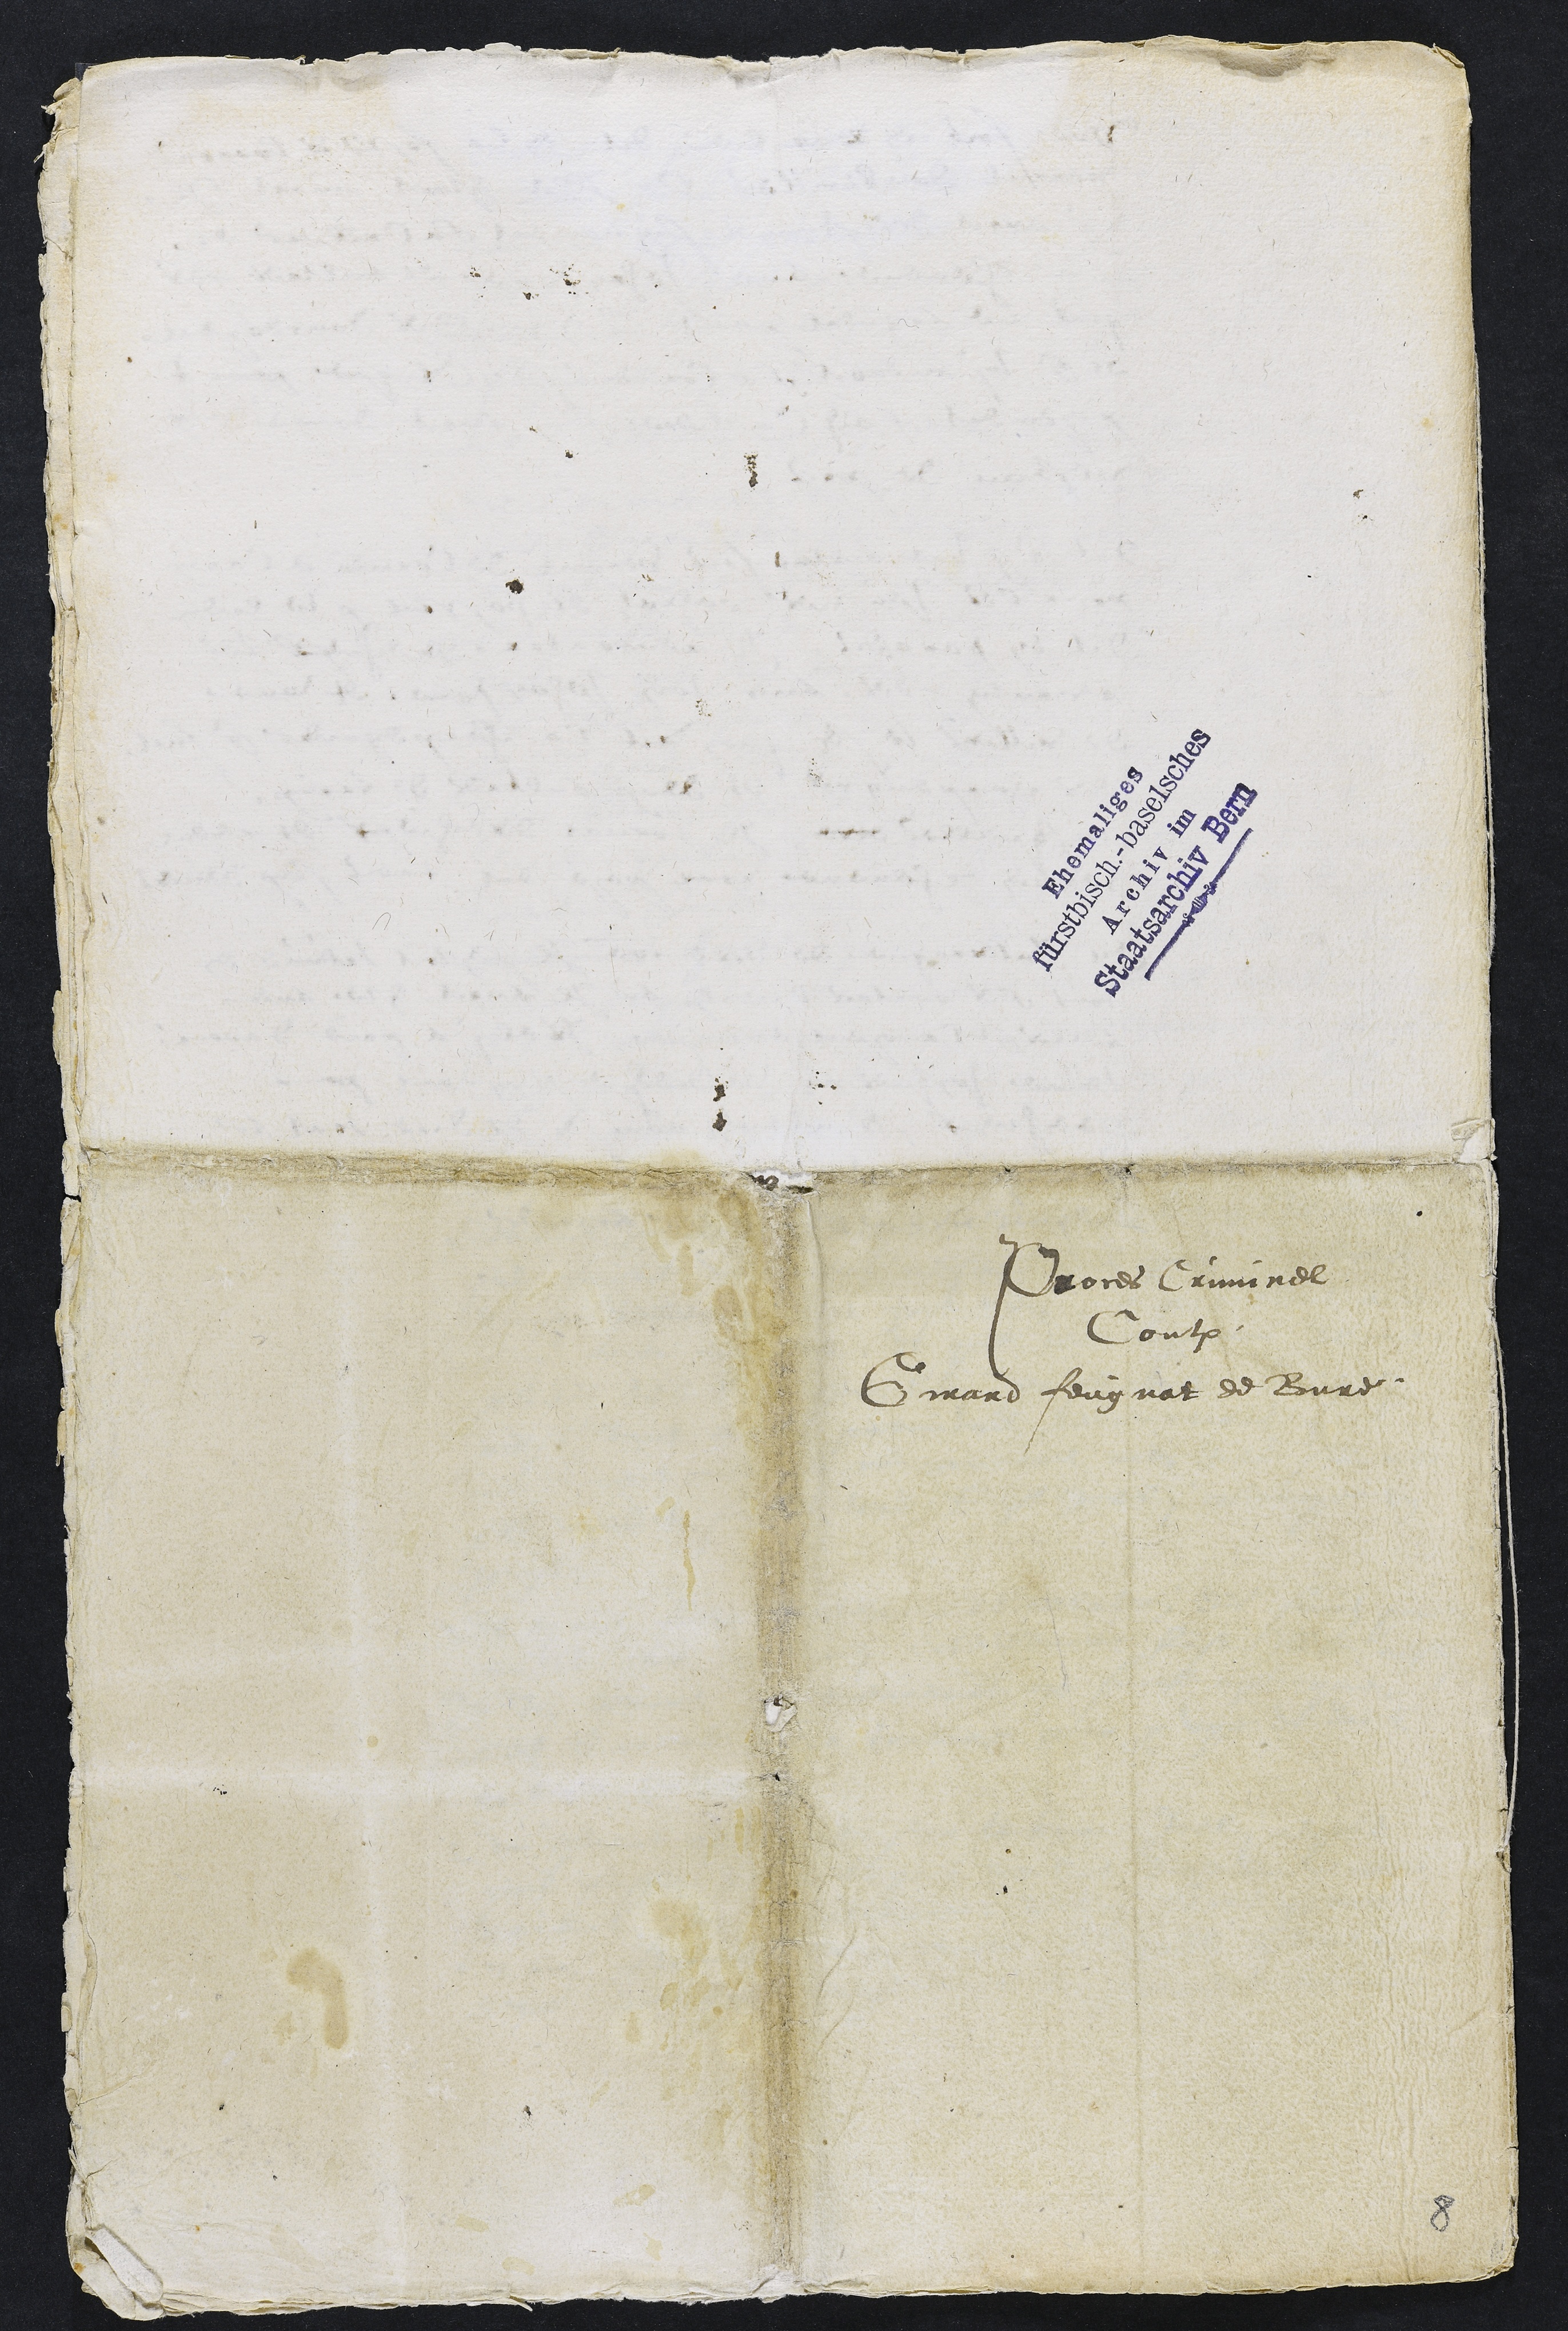
Proces Criminel
Contre
Girard feugnat de Bure

8